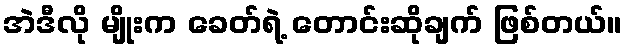
အဲဒီလို မျိုးက ခေတ်ရဲ့ တောင်းဆိုချက် ဖြစ်တယ်။